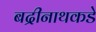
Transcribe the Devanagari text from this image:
बद्रीनाथकडे